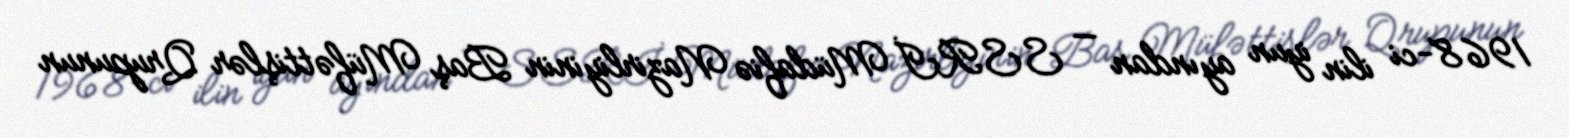
1968-ci ilin iyun ayından — SSRİ Müdafiə Nazirliyinin Baş Müfəttişlər Qrupunun